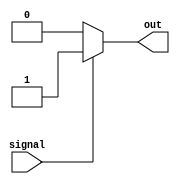
module conditional_behavioral_model (
    input wire signal,
    output reg out
);

initial begin
    if (signal == 1) begin
        out <= 1;
    end else begin
        out <= 0;
    end
end

endmodule